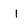
Character: i